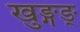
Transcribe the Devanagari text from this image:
खुङ्गङ्